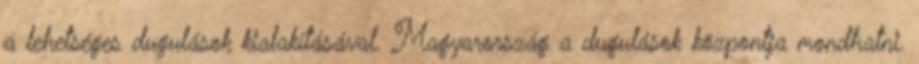
a lehetséges dugulások kialakításával. Magyarország a dugulások központja mondhatni.